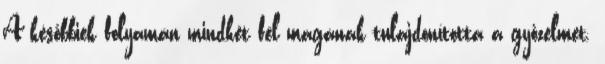
A későbbiek folyamán mindkét fél magának tulajdonította a győzelmet.